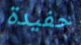
حفيدة